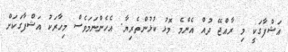
އަޝްފާގަކީ މި ރާއްޖޭ ދުއް އެންމެ މޮޅު ކުޅުންތެރިޔާ. އެހެންނަމަވެސް މިހާރަކު އަޝްފާގަކަށް